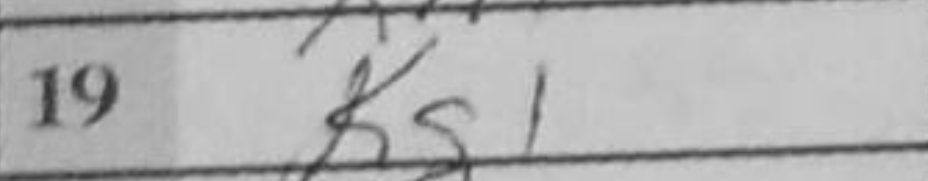
Transcription: Kg1